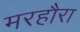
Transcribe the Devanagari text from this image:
मरहौरा